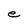
Character: e